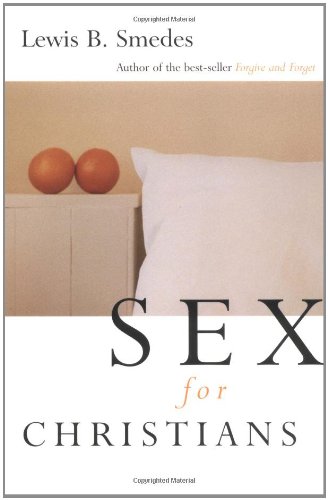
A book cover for Sex for Christians: The Limits and Liberties of Sexual Living; Lewis B. Smedes; Religion & Spirituality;